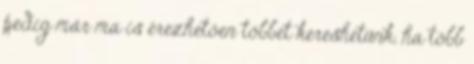
pedig már ma is érezhetően többet kereshetünk, ha több